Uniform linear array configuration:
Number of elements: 12
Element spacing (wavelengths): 0.25
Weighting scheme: hann
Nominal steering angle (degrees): -45
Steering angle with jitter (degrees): -44.388
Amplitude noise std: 0.05
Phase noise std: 0.05

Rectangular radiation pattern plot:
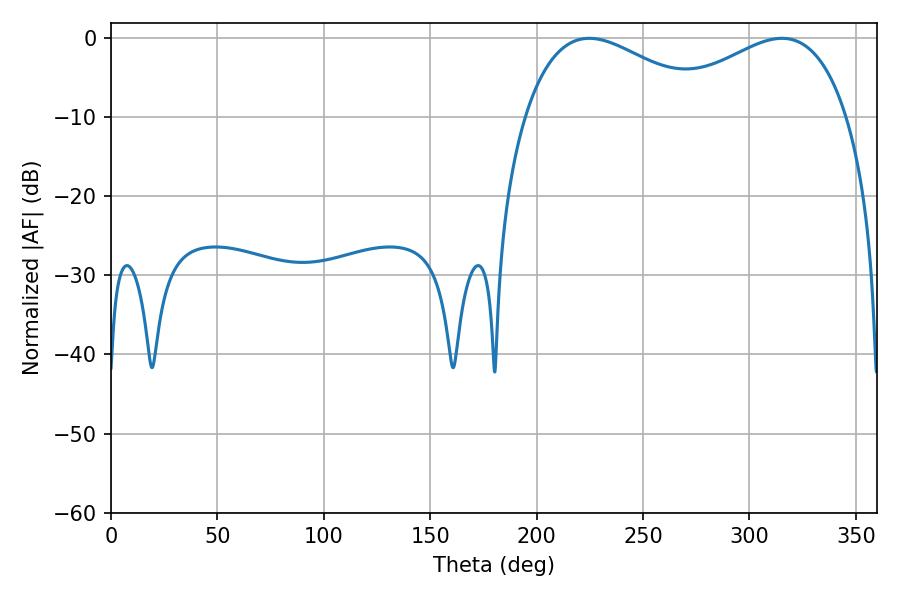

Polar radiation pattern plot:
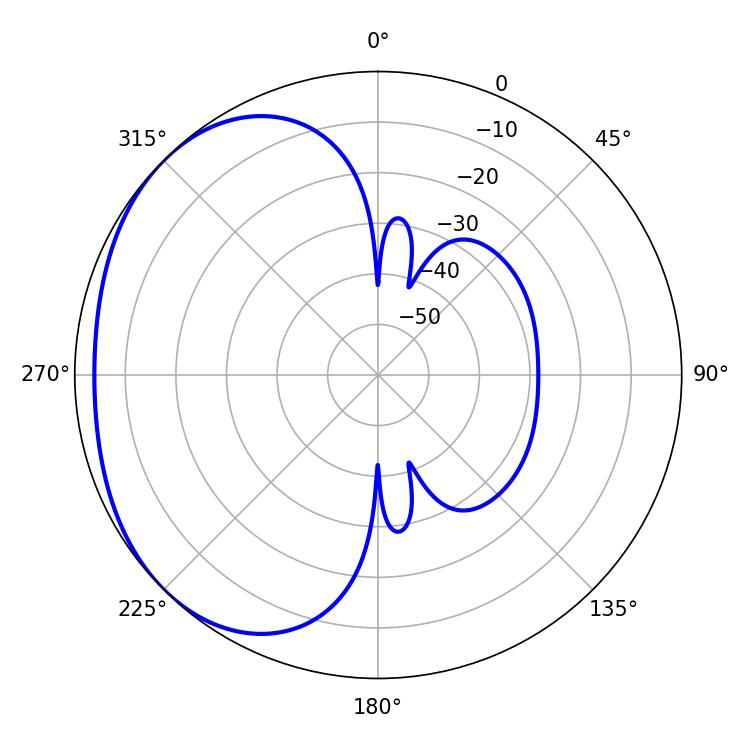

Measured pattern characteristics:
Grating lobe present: FALSE
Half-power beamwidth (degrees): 48.42
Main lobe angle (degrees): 224.64